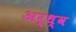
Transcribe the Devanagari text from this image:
अर्ध्व